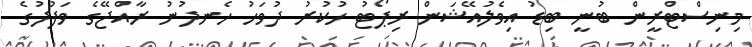
މިނިސްޓްރީން ބުނީ ބިޑު އިވެލުއޭޝަން ރިޕޯޓު ހުކުރު ދުވަހު ހެނދުނު ރާއްޖޭގެ ވަފުދުގެ